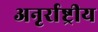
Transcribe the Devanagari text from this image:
अनृर्राष्ट्रीय